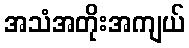
အသံအတိုးအကျယ်